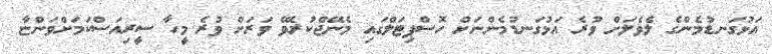
އަޅުގަނޑުމެންގެ ލެވެލަށް ވުރެ އަޅުގަނޑުމެންނަށް ހޮސްޕިޓަލްގައި މެނޭޖްކުރެވޭ ވަރަށް ވުރެ މީހާ ސީރިއަސްކަމަށްވަންޏާ